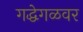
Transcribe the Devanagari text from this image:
गद्धेगळवर